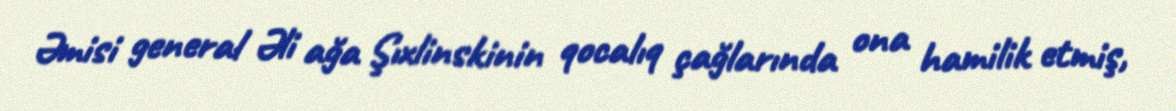
Əmisi general Əli ağa Şıxlinskinin qocalıq çağlarında ona hamilik etmiş,